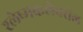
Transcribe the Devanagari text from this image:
श्लेष्मकलेवरील